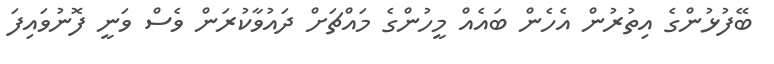
ބޭފުޅުންގެ އިތުރުން އެހެން ބައެއް މީހުންގެ މައްޗަށް ދައުވާކުރަން ވެސް ވަނީ ފޮނުވައިފަ